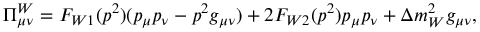
\Pi _ { \mu \nu } ^ { W } = F _ { W 1 } ( p ^ { 2 } ) ( p _ { \mu } p _ { \nu } - p ^ { 2 } g _ { \mu \nu } ) + 2 F _ { W 2 } ( p ^ { 2 } ) p _ { \mu } p _ { \nu } + \Delta m _ { W } ^ { 2 } g _ { \mu \nu } ,